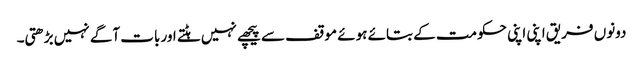
دونوں فریق اپنی اپنی حکومت کے بتائے ہوئے موقف سے پیچھے نہیں ہٹتے اور بات آگے نہیں بڑھتی۔